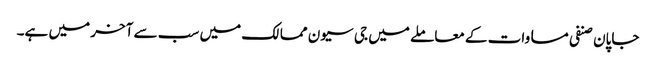
جاپان صنفی مساوات کے معاملے میں جی سیون ممالک میں سب سے آخر میں ہے۔